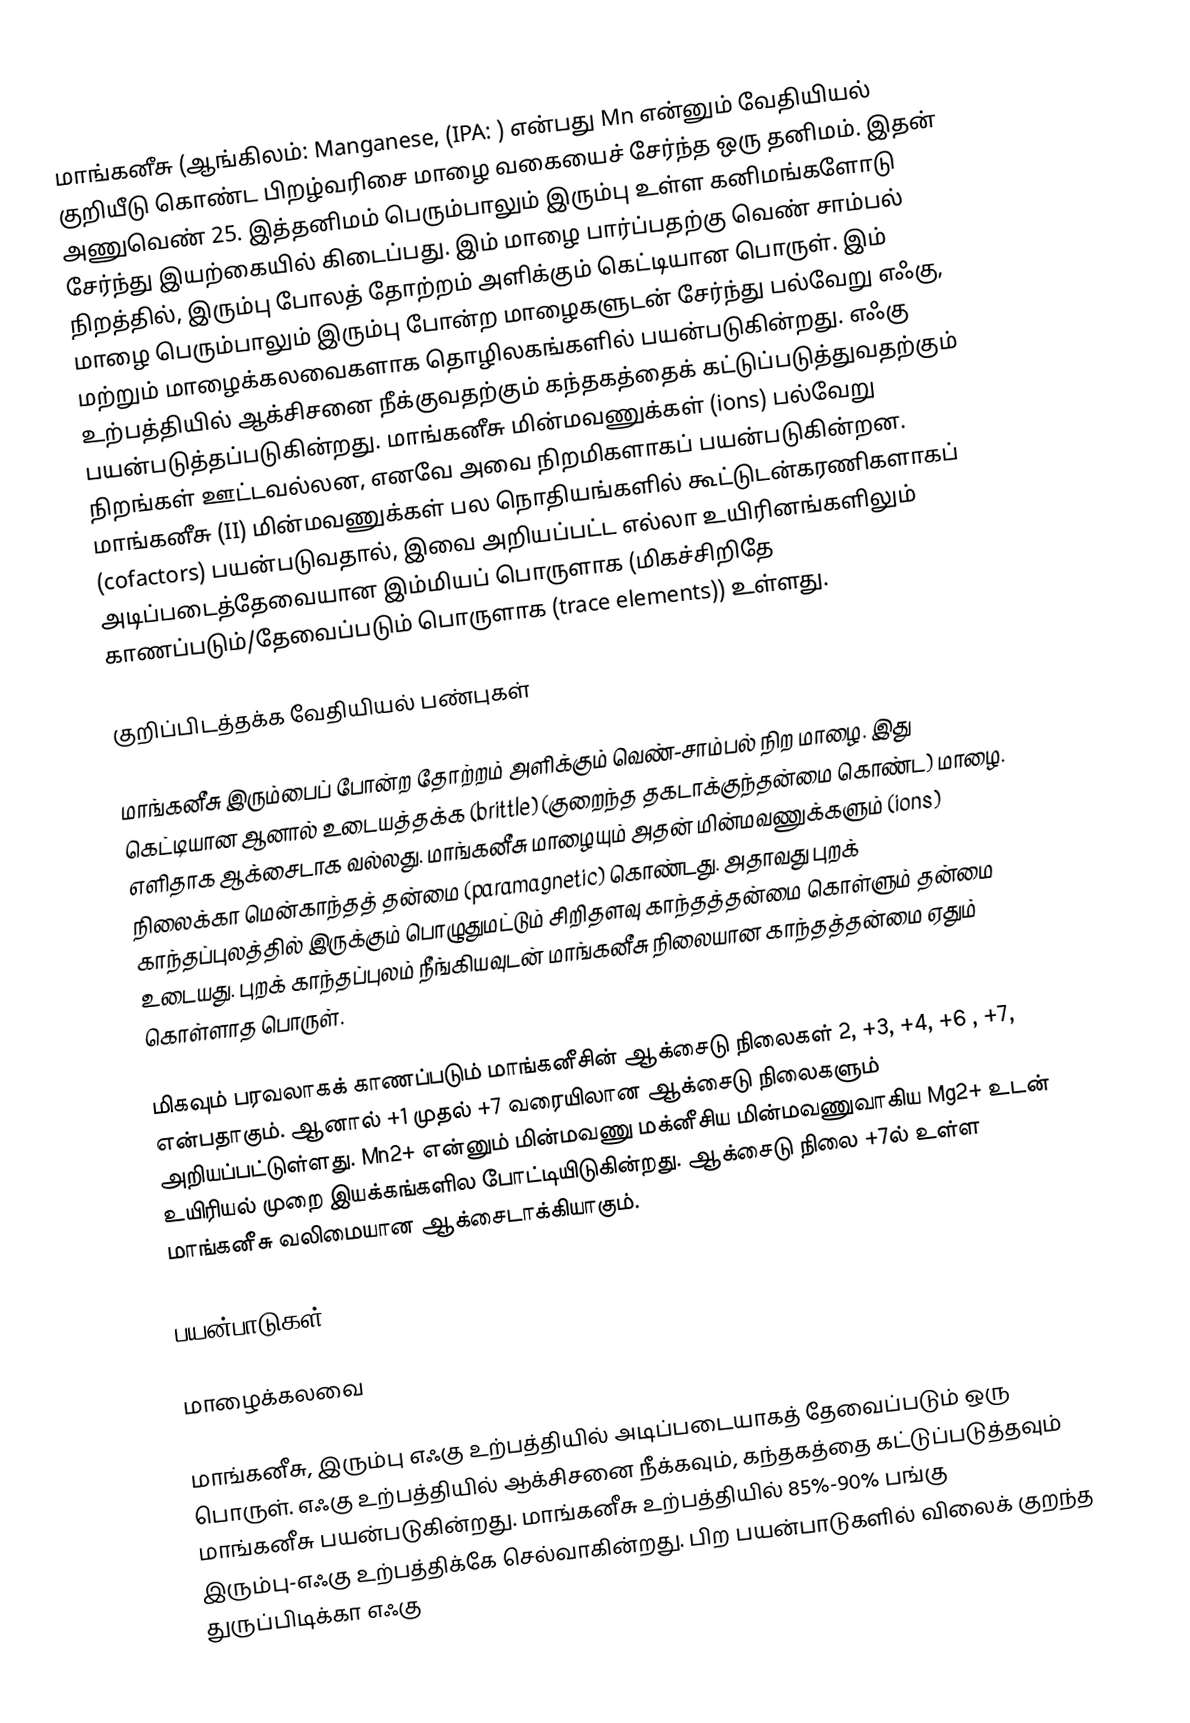
மாங்கனீசு (ஆங்கிலம்: Manganese, (IPA: ) என்பது Mn என்னும் வேதியியல் குறியீடு கொண்ட பிறழ்வரிசை மாழை வகையைச் சேர்ந்த ஒரு தனிமம். இதன் அணுவெண் 25. இத்தனிமம் பெரும்பாலும் இரும்பு உள்ள கனிமங்களோடு சேர்ந்து இயற்கையில் கிடைப்பது. இம் மாழை பார்ப்பதற்கு வெண் சாம்பல் நிறத்தில், இரும்பு போலத் தோற்றம் அளிக்கும் கெட்டியான பொருள். இம் மாழை பெரும்பாலும் இரும்பு போன்ற மாழைகளுடன் சேர்ந்து பல்வேறு எஃகு, மற்றும் மாழைக்கலவைகளாக தொழிலகங்களில் பயன்படுகின்றது. எஃகு உற்பத்தியில் ஆக்சிசனை நீக்குவதற்கும் கந்தகத்தைக் கட்டுப்படுத்துவதற்கும் பயன்படுத்தப்படுகின்றது. மாங்கனீசு மின்மவணுக்கள் (ions) பல்வேறு நிறங்கள் ஊட்டவல்லன, எனவே அவை நிறமிகளாகப் பயன்படுகின்றன. மாங்கனீசு (II) மின்மவணுக்கள் பல நொதியங்களில் கூட்டுடன்கரணிகளாகப்  (cofactors) பயன்படுவதால், இவை அறியப்பட்ட எல்லா உயிரினங்களிலும் அடிப்படைத்தேவையான இம்மியப் பொருளாக (மிகச்சிறிதே காணப்படும்/தேவைப்படும் பொருளாக (trace elements)) உள்ளது.

குறிப்பிடத்தக்க வேதியியல் பண்புகள்

மாங்கனீசு இரும்பைப் போன்ற தோற்றம் அளிக்கும் வெண்-சாம்பல் நிற மாழை. இது கெட்டியான ஆனால் உடையத்தக்க (brittle) (குறைந்த தகடாக்குந்தன்மை கொண்ட) மாழை. எளிதாக ஆக்சைடாக வல்லது. மாங்கனீசு மாழையும் அதன் மின்மவணுக்களும் (ions) நிலைக்கா மென்காந்தத் தன்மை (paramagnetic) கொண்டது. அதாவது புறக் காந்தப்புலத்தில் இருக்கும் பொழுதுமட்டும் சிறிதளவு காந்தத்தன்மை கொள்ளும் தன்மை உடையது. புறக் காந்தப்புலம் நீங்கியவுடன் மாங்கனீசு நிலையான காந்தத்தன்மை ஏதும் கொள்ளாத பொருள்.

மிகவும் பரவலாகக் காணப்படும் மாங்கனீசின் ஆக்சைடு நிலைகள் 2, +3, +4, +6 , +7, என்பதாகும். ஆனால்  +1 முதல் +7 வரையிலான ஆக்சைடு நிலைகளும் அறியப்பட்டுள்ளது. Mn2+ என்னும் மின்மவணு மக்னீசிய மின்மவணுவாகிய Mg2+ உடன் உயிரியல் முறை இயக்கங்களில போட்டியிடுகின்றது. ஆக்சைடு நிலை +7ல் உள்ள மாங்கனீசு வலிமையான ஆக்சைடாக்கியாகும்.

பயன்பாடுகள்

மாழைக்கலவை

மாங்கனீசு, இரும்பு எஃகு உற்பத்தியில் அடிப்படையாகத் தேவைப்படும்  ஒரு பொருள். எஃகு உற்பத்தியில் ஆக்சிசனை நீக்கவும், கந்தகத்தை கட்டுப்படுத்தவும் மாங்கனீசு பயன்படுகின்றது. மாங்கனீசு உற்பத்தியில் 85%-90% பங்கு இரும்பு-எஃகு உற்பத்திக்கே செல்வாகின்றது. பிற பயன்பாடுகளில் விலைக் குறந்த துருப்பிடிக்கா எஃகு